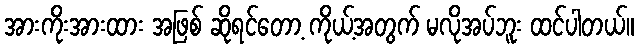
အားကိုးအားထား အဖြစ် ဆိုရင်တော့ ကိုယ့်အတွက် မလိုအပ်ဘူး ထင်ပါတယ်။